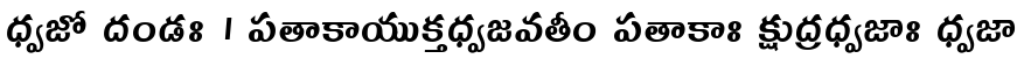
ధ్వజో దండః । పతాకాయుక్తధ్వజవతీం పతాకాః క్షుద్రధ్వజాః ధ్వజా